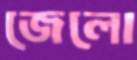
জেলো